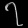
Digit: ၇